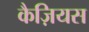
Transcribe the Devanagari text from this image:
कैज़ियस